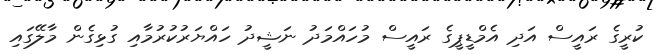
ކުރީގެ ރައީސް އަދި އެމްޑީޕީގެ ރައީސް މުހައްމަދު ނަޝީދު ހައްޔަރުކުރުމާއި ގުޅިގެން މާލޭގައި